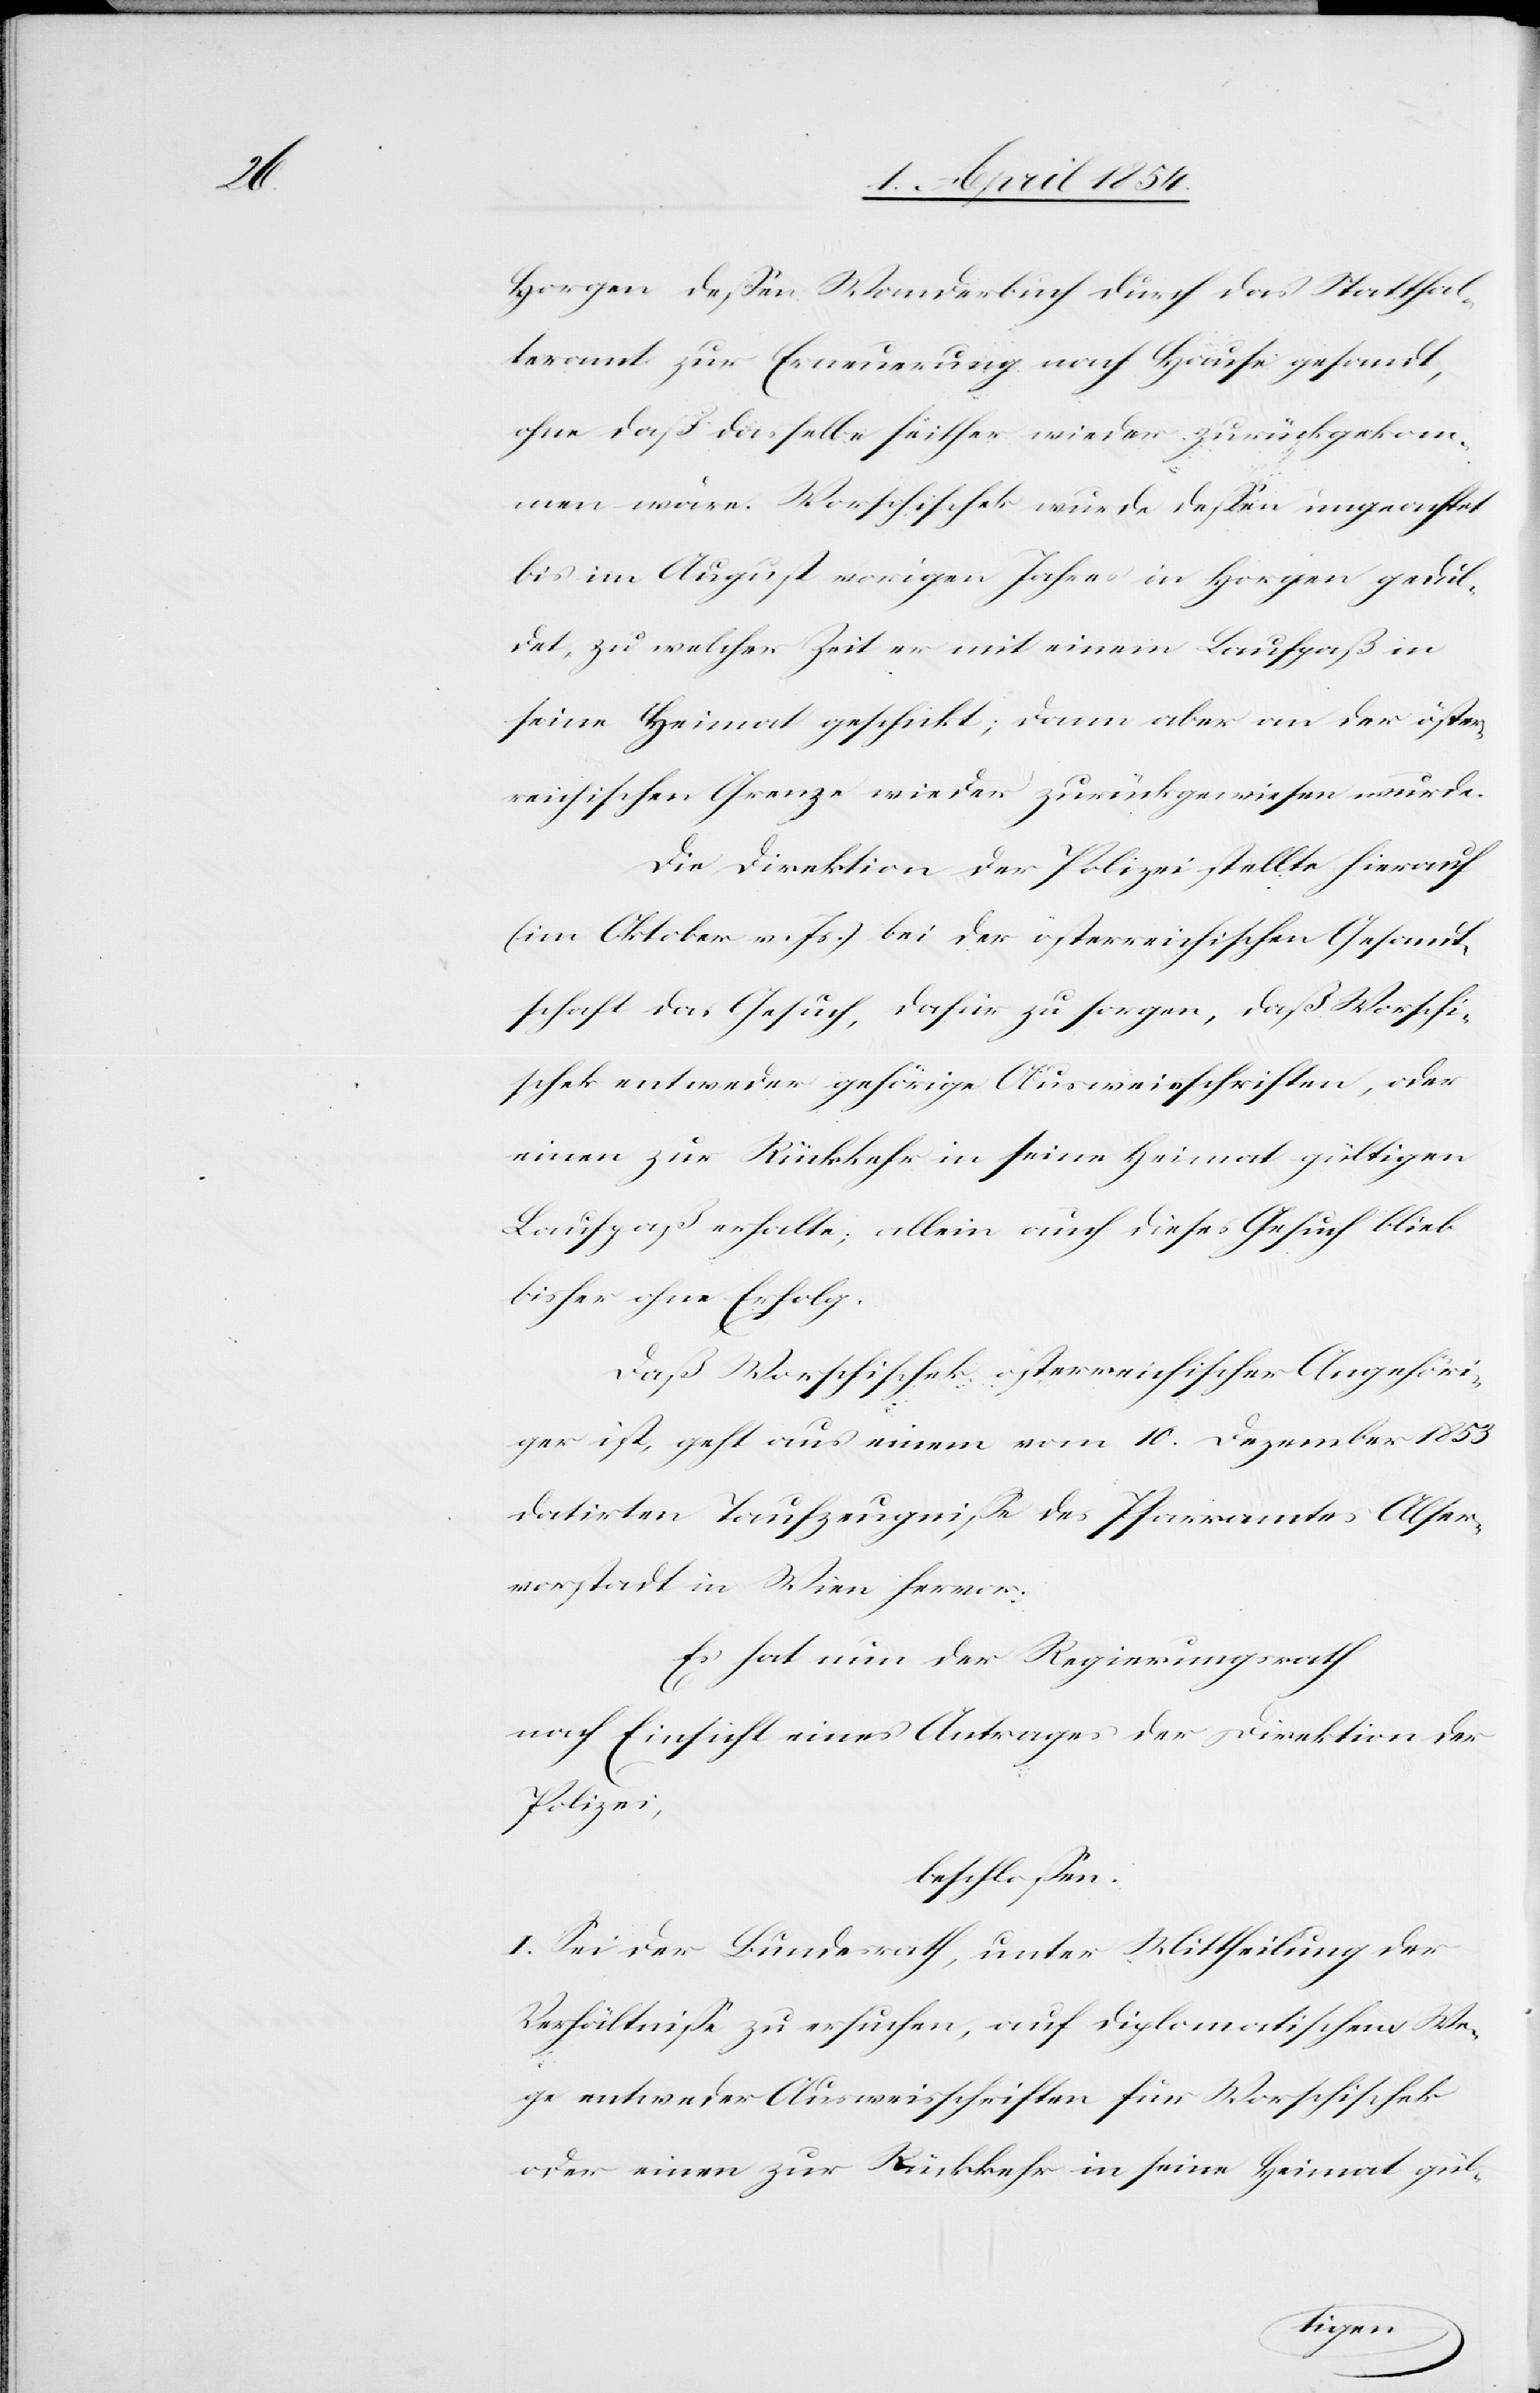
Horgen deßen Wanderbuch durch das Statthal¬
teramt zur Erneuerung nach Hause gesandt,
ohne daß dasselbe seither wieder zurückgekom¬
men wäre. Worschischek wurde deßen ungeachtet
bis im August vorigen Jahres in Horgen gedul¬
det, zu welcher Zeit er mit einem Laufpaß in
seine Heimat geschickt; dann aber an der öster¬
reichischen Grenze wieder zurückgewiesen wurde.
Die Direktion der Polizei stellte hierauf
(im Oktober v. Js.) bei der österreichischen Gesandt¬
schaft das Gesuch, dafür zu sorgen, daß Worschi¬
schek entweder gehörige Ausweisschriften, oder
einen zur Rückkehr in seine Heimat gültigen
Laufpaß erhalte; allein auch dieses Gesuch blieb
bisher ohne Erfolg.
Daß Worschischek österreichischer Angehöri¬
ger ist, geht aus einem vom 10. Dezember 1853
datirten Taufzeugniße des Pfarramtes Alser¬
vorstadt in Wien hervor.
Es hat nun der Regierungsrath
nach Einsicht eines Antrages der Direktion der
Polizei,
beschloßen:
I. Sei der Bundesrath, unter Mittheilung der
Verhältniße zu ersuchen, auf diplomatischem We¬
ge entweder Ausweisschriften für Worschischek
oder einen zur Rückkehr in seine Heimat gül-